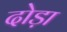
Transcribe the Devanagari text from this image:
दोड़ा